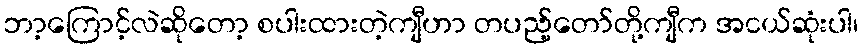
ဘာ့ကြောင့်လဲဆိုတော့ စပါးထားတဲ့ကျီဟာ တပည့်တော်တို့ကျီက အငယ်ဆုံးပါ၊